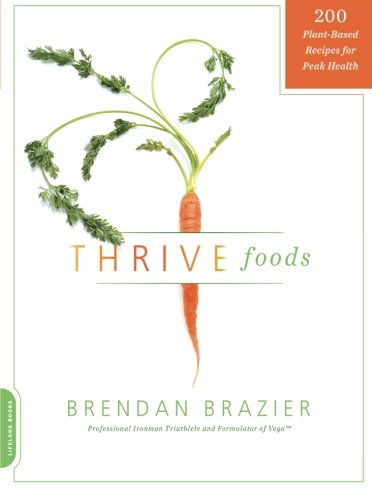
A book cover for Thrive Foods: 200 Plant-Based Recipes for Peak Health; Brendan Brazier; Cookbooks, Food & Wine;